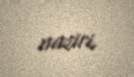
naziri.